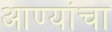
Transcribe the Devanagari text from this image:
आण्यांचा